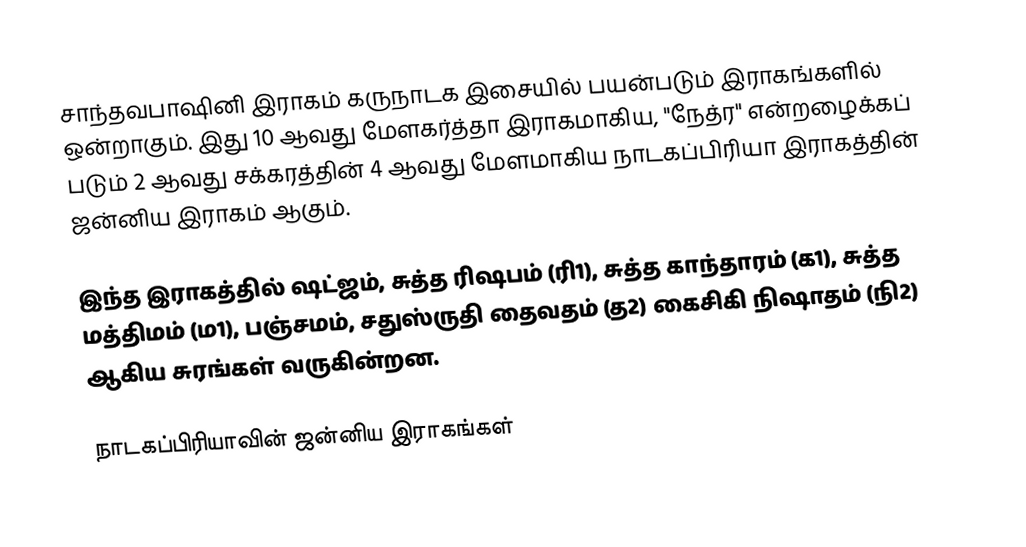
சாந்தவபாஷினி இராகம் கருநாடக இசையில் பயன்படும் இராகங்களில் ஒன்றாகும். இது 10 ஆவது மேளகர்த்தா இராகமாகிய, "நேத்ர" என்றழைக்கப் படும் 2 ஆவது சக்கரத்தின் 4 ஆவது மேளமாகிய நாடகப்பிரியா இராகத்தின் ஜன்னிய இராகம் ஆகும்.

இந்த இராகத்தில் ஷட்ஜம், சுத்த ரிஷபம் (ரி1),  சுத்த காந்தாரம் (க1), சுத்த மத்திமம் (ம1), பஞ்சமம்,  சதுஸ்ருதி தைவதம் (த2) கைசிகி நிஷாதம்  (நி2) ஆகிய சுரங்கள் வருகின்றன.

நாடகப்பிரியாவின் ஜன்னிய இராகங்கள்